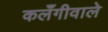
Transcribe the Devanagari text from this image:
कलँगीवाले